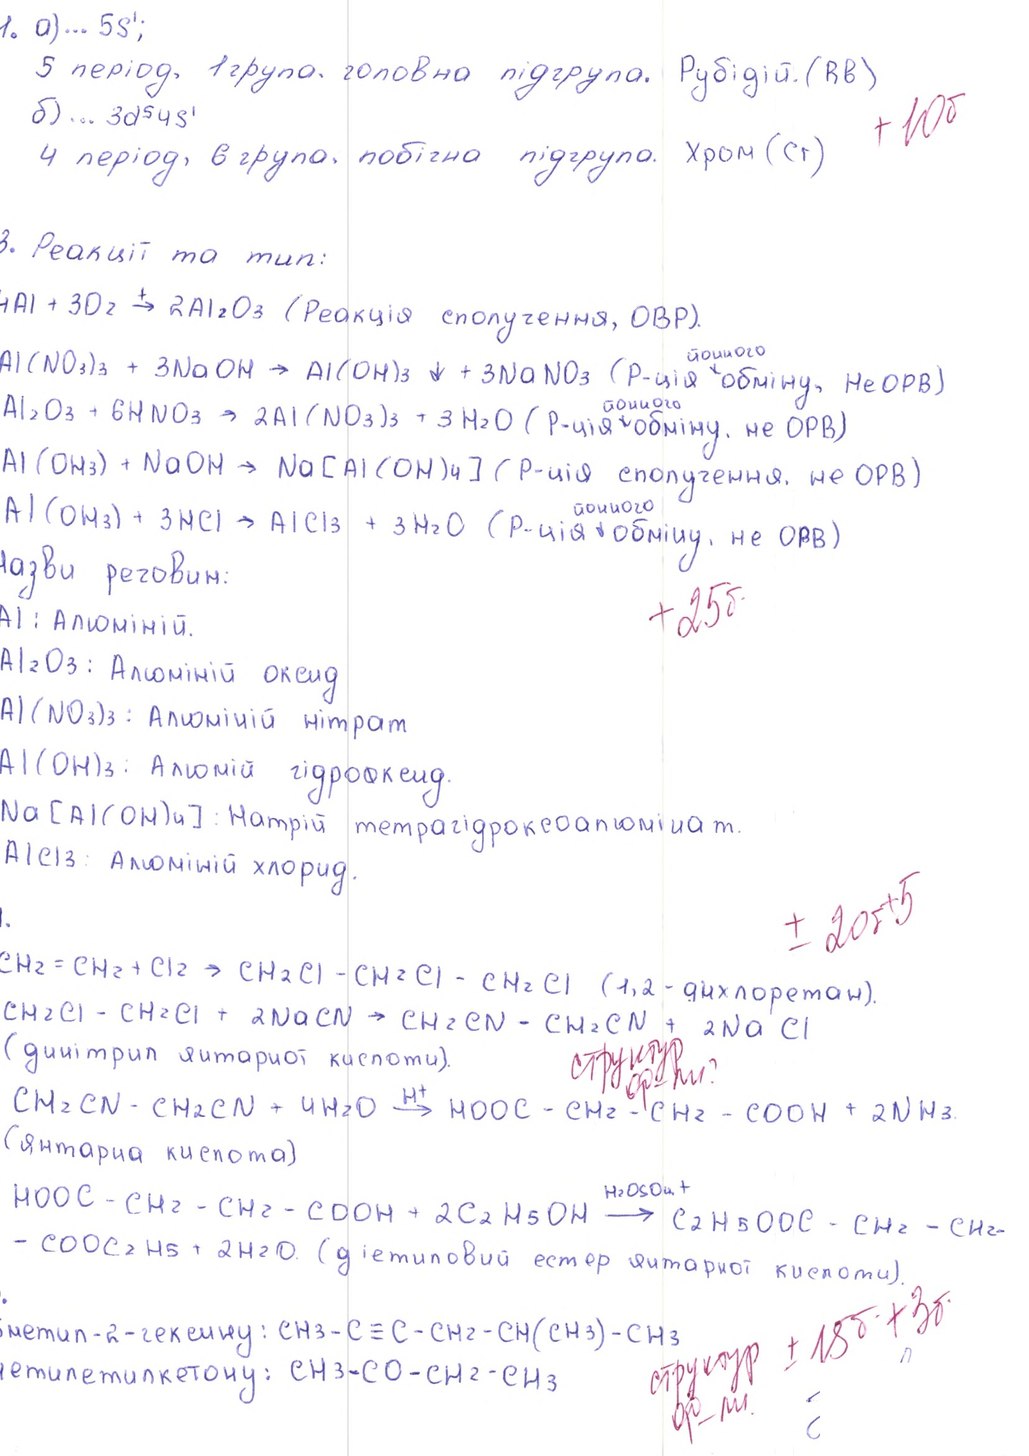
1. a)... 5s¹;
5 період, 1 група, головна підгрупа. Рубідій. (RB)
+10б
б) ... 3d⁵4s¹
4 період, 6 група, побічна підгрупа. Хром (Cr)
3. Реакції та тип:
4Al + 3O2 → 2Al2O3
(Реакція сполучення, ОВР).
Al(NO_3)_3 + 3NaOH -> Al(OH)_3↓ + 3NaNO_3
(р-ція йонного обміну, не ОРВ)
Al2O3 + 6HNO3 -> 2Al(NO3)3 + 3H2O
(р-ція йонного обміну, не ОРВ)
Al(OH3) + NaOH → Na[Al(OH)4]
(р-ція йонного обміну, не ОРВ)
Al(OH3) + 3NaCl → AlCl3 + 3H2)
(р-ція йонного обміну, не ОРВ)
Назви речовин:
+25б
Al: Алюміній.
Al2O3: Алюміній оксид
Al(NO3)3 : Алюміній нітрат
Al(OH)3: Алюмій гідроксид.
Na[Al(OH)4]: Натрій тетрагідроксоалюмінат.
AlCl3: Алюміній хлорид.
+-20б+5
i.
CH2 = CH2 + Cl2 → CH2Cl - CH2Cl - CH2Cl (1,2 - дихвавретав). CH2Cl - CH2Cl + 2NaCN → CH2CN - CH2CN
CH2Cl - CH2Cl + 2NaCN → CH2CN - CH2CN + 2NaCl
структур ф-ми
(динітрил янтарної кислоти).
CH2CN - CH2CN + 4H2O → H+ HOOC - CH2 - CH2 - COOH + 2NH3
(Янтарна кислота)
HOOC - CH2 - CH2 - COOH + 2C2H5OH → C2H5OOC - CH2 - CH2
- COOC2H5 + 2H2O
- COOC2H5 + 2H2O. (діетиловий естер янтарної кислоти).
структур ф-ми +-18б + 3б
5 метил-2-гексину:
CH3 - C ≡ C - CH2 - CH (CH3) - CH3
метилетилкетону:
CH3-CO-CH2-CH3